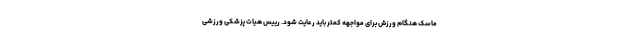
ماسک هنگام ورزش برای مواجهه کمتر باید رعایت شود. رییس هیات پزشکی ورزشی